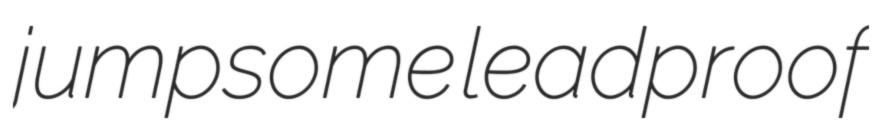
jumpsome leadproof